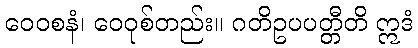
ဝေဝစနံ၊ ဝေဝုစ်တည်း။ ဂတိဥပပတ္တီတိ ဣဒံ